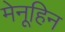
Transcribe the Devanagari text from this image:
मेनूहिन